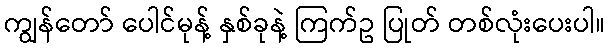
ကျွန်တော် ပေါင်မုန့် နှစ်ခုနဲ့ ကြက်ဥ ပြုတ် တစ်လုံးပေးပါ။